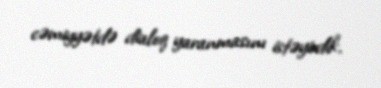
cəmiyyətdə dialoq yaranmasını istəyirdik.